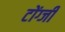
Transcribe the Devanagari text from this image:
टोंग्जी